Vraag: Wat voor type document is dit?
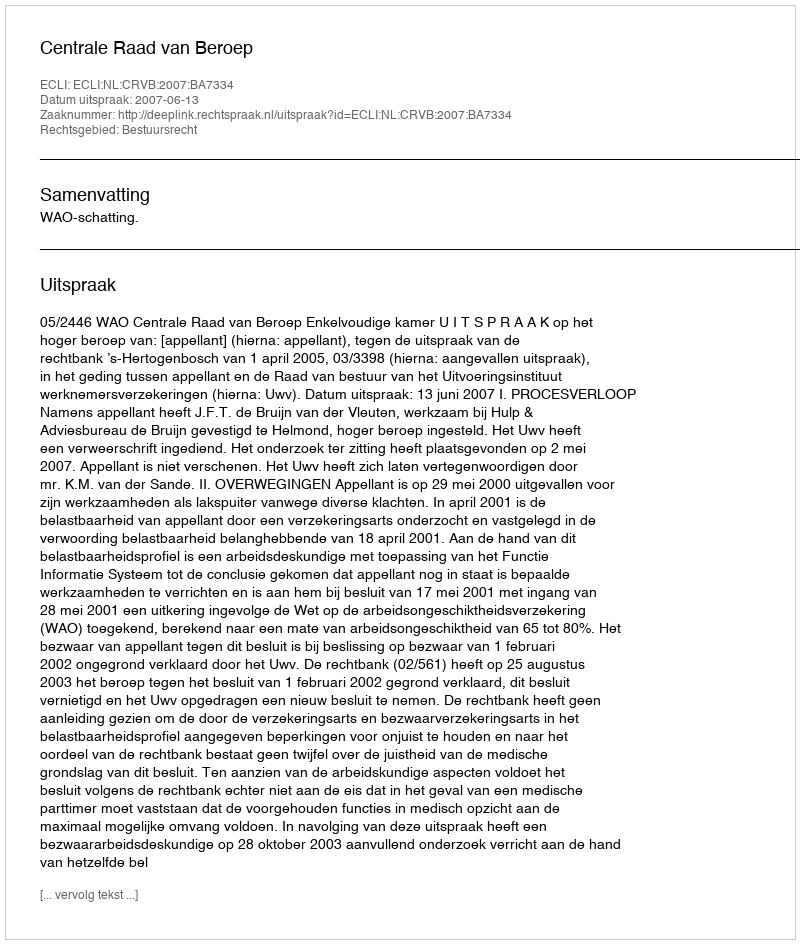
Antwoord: Uitspraak